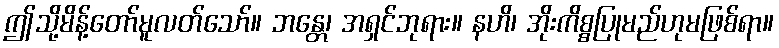
ဤသို့မိန့်တော်မူလတ်သော်။ ဘန္တေ၊ အရှင်ဘုရား။ နဟိ၊ အိုးကိစ္စပြုမည်ဟုမဖြစ်ရာ။